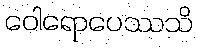
ဝေါရောပေဿသိ